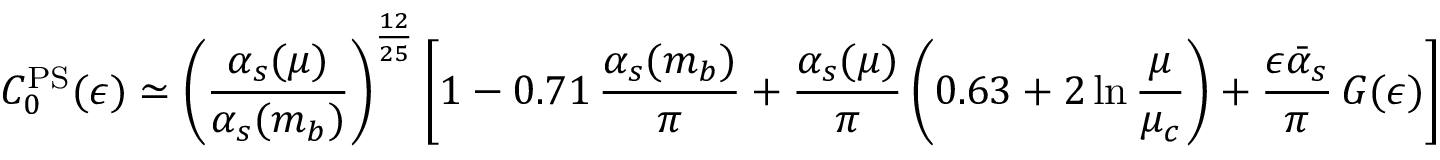
C _ { 0 } ^ { \mathrm { P S } } ( \epsilon ) \simeq \left( \frac { \alpha _ { s } ( \mu ) } { \alpha _ { s } ( m _ { b } ) } \right) ^ { \frac { 1 2 } { 2 5 } } \left[ 1 - 0 . 7 1 \, \frac { \alpha _ { s } ( m _ { b } ) } { \pi } + \frac { \alpha _ { s } ( \mu ) } { \pi } \left( 0 . 6 3 + 2 \ln \frac { \mu } { \mu _ { c } } \right) + \frac { \epsilon \bar { \alpha } _ { s } } { \pi } \, G ( \epsilon ) \right] \, ,